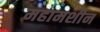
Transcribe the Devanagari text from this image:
महामशीन